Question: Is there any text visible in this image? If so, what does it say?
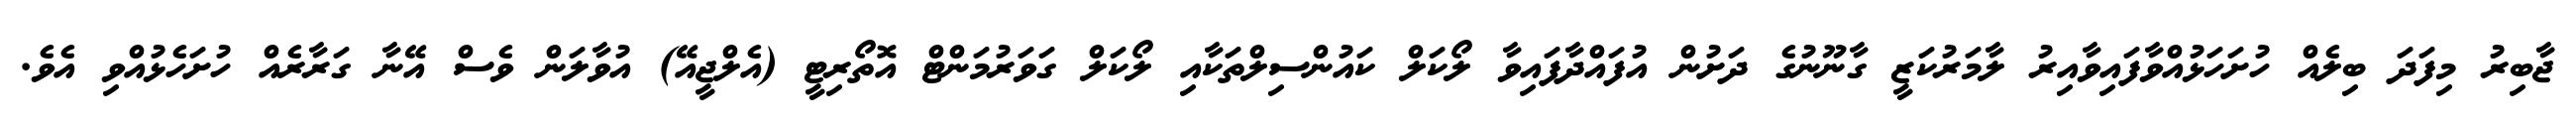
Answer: ޖާބިރު މިފަދަ ބިލެއް ހުށަހަޅުއްވާފައިވާއިރު ލާމަރުކަޒީ ގާނޫނުގެ ދަށުން އުފައްދާފައިވާ ލޯކަލް ކައުންސިލްތަކާއި ލޯކަލް ގަވަރުމަންޓް އޮތޯރިޓީ (އެލްޖީއޭ) އުވާލަން ވެސް އޭނާ ގަރާރެއް ހުށަހެޅުއްވި އެވެ.